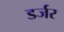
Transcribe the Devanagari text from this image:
डर्जर